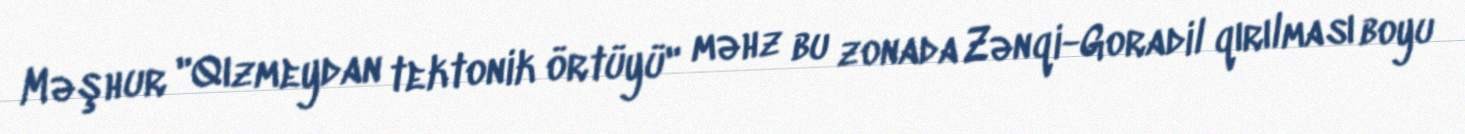
Məşhur "Qızmeydan tektonik örtüyü" məhz bu zonada Zənqi-Goradil qırılması boyu